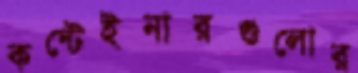
কন্টেইনারগুলোর